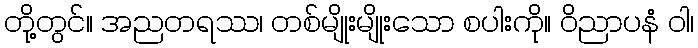
တို့တွင်။ အညတရဿ၊ တစ်မျိုးမျိုးသော စပါးကို။ ဝိညာပနံ ဝါ၊